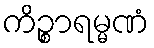
ကိဉ္စာရမ္မဏံ